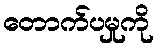
တောက်ပမှုကို